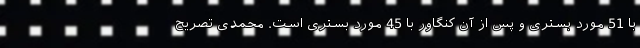
با 51 مورد بستری و پس از آن کنگاور با 45 مورد بستری است. محمدی تصریح